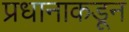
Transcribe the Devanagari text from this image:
प्रधानाकडून